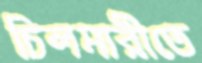
চিলমারীতে